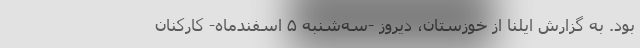
بود. به گزارش ایلنا از خوزستان، دیروز -سه‌شنبه ۵ اسفندماه- کارکنان